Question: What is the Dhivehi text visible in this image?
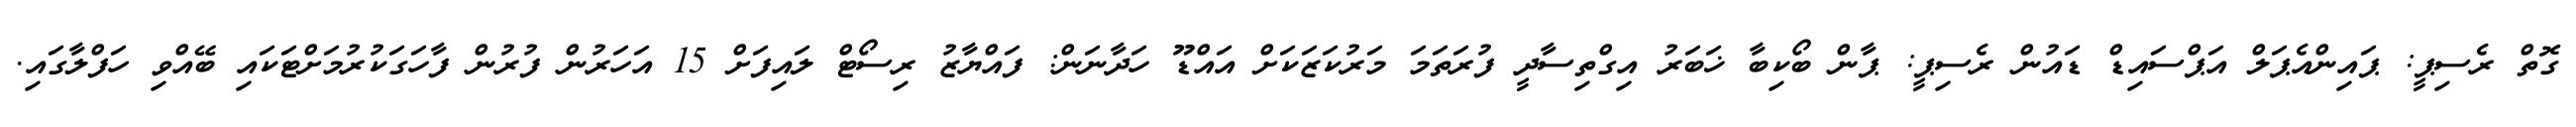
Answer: ގޮތް ރެސިޕީ: ޕައިންއެޕަލް އަޕްސައިޑް ޑައުން ރެސިޕީ: ޕާން ބޯކިބާ ޚަބަރު އިގްތިސާދީ ފުރަތަމަ މަރުކަޒަކަށް އައްޑޫ ހަދާނަން: ފައްޔާޒު ރިސޯޓް ލައިފަށް 15 އަހަރުން ފުރުން ފާހަގަކުރުމަށްޓަކައި ބޭއްވި ހަފްލާގައި.